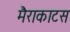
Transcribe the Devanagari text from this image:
मैराकाटस